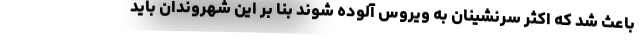
باعث شد که اکثر سرنشینان به ویروس آلوده شوند بنا بر این شهروندان باید